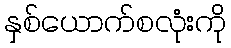
နှစ်ယောက်စလုံးကို